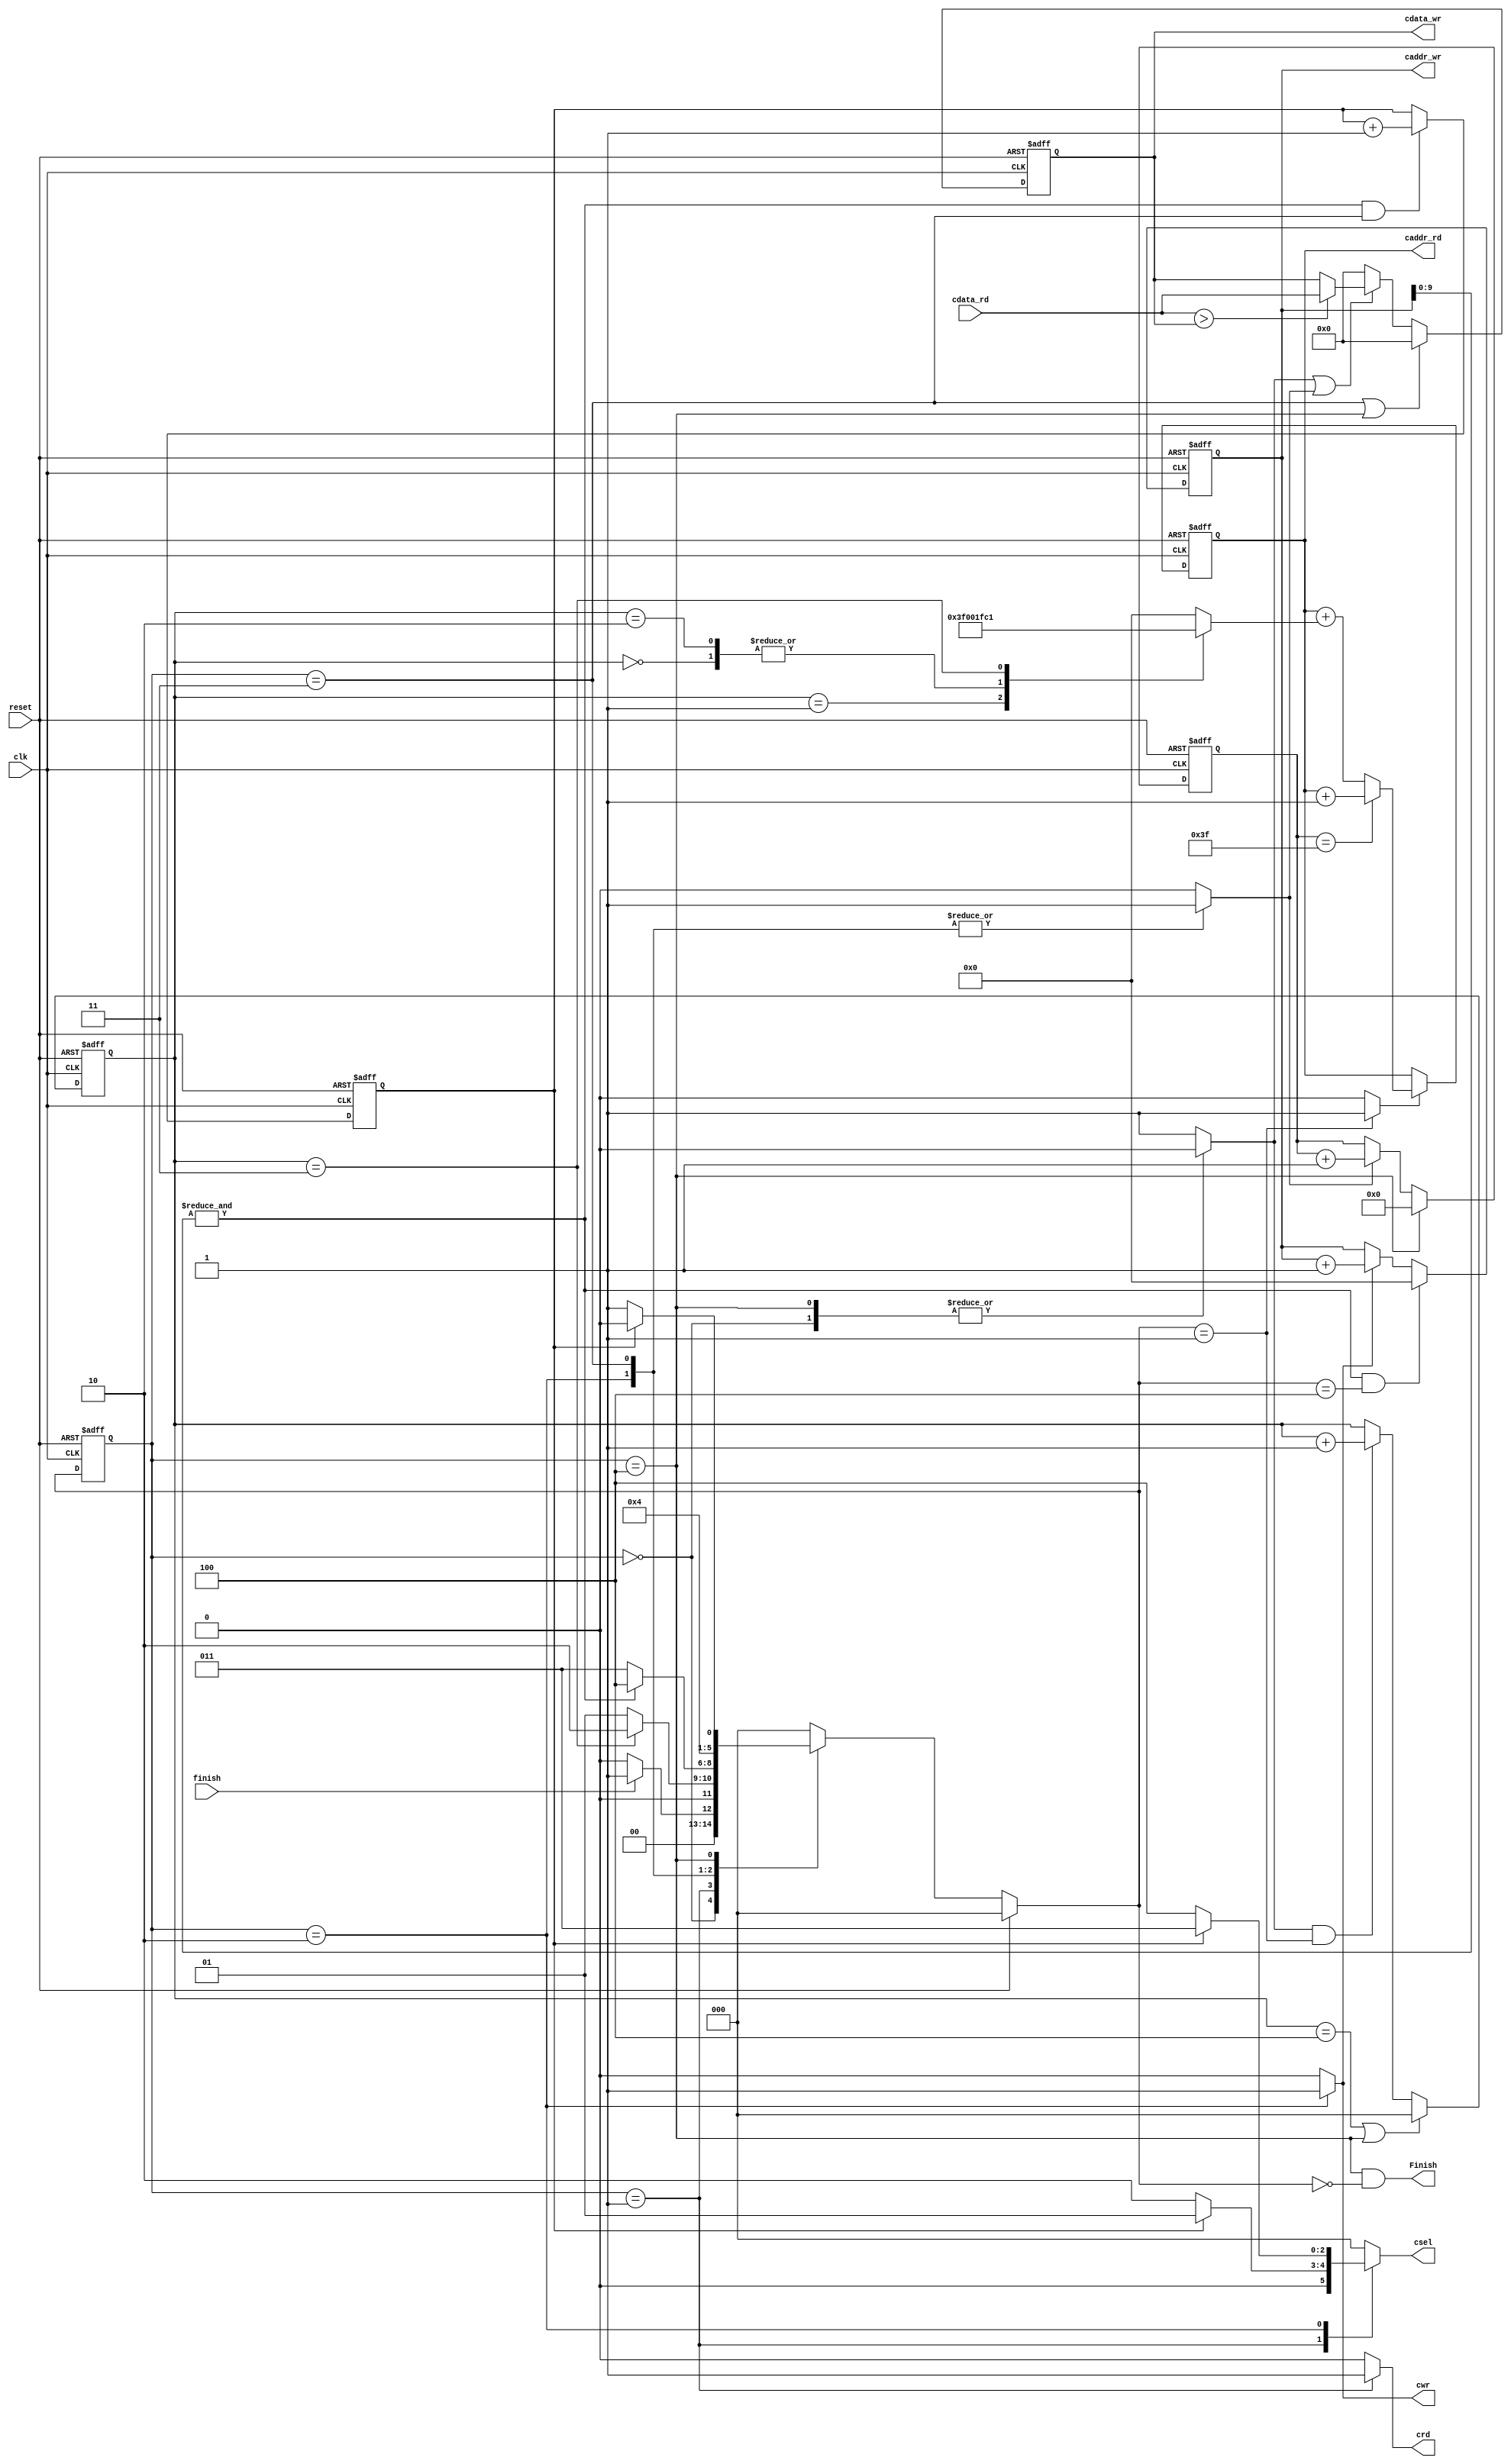
//`timescale 1ns/10ps

module Layer1(clk, reset, finish, crd, cwr, csel, caddr_rd, cdata_rd, caddr_wr, cdata_wr, Finish);

input clk, reset, finish;
input [19:0] cdata_rd;

output reg crd, cwr;
output reg [2:0]  csel;
output reg [11:0] caddr_rd, caddr_wr;
output reg [19:0] cdata_wr;
output Finish;

reg [11:0] addr;
reg [2:0] cs, ns;
reg [2:0] countS1;
reg [5:0] countS2;
reg count_ker, enS1, enS2;

wire switch, count_en;


parameter S0=3'b000, S1=3'b001, S2=3'b010, S3=3'b011, S4=3'b100;


//To calculate the current accumulating times of the addresses and the datas have been read and utilized.
//one block for four times a cycle

always @ (posedge clk or posedge reset)
	if (reset)
		countS1 <= 3'd0;
	else if(countS1==4 || cs ==4)
		countS1 <= 3'd0;
	else if(enS1&&ns==1)	
		countS1 <= countS1 + 3'd1;
	else
		countS1 <= countS1;

		
//To determine the number needed to add with the current read address to access the next address to be read.

always @ (*)
	case(countS1)
	3'b000: addr <= 1;
	3'b001: addr <= 63;
	3'b010: addr <= 1;
	3'b011: addr <= -63;
	default: addr <= 0;
	endcase

//To calculate the current accumulating times of the blocks.
//One block acomplished means one max-pooling cycle has finished.
//8 times a cycle  	

always @ (posedge clk or posedge reset)
	if (reset)
		countS2 <= 6'd0;
	else if (cs==4)
		countS2 <= 6'd0;
	else if(enS2)	
		countS2 <= countS2 + 6'd1;
	else
		countS2 <= countS2;
		
always @ (posedge clk or posedge reset)
	if(reset)
		caddr_rd <= -1;
	else if(count_en)
		caddr_rd <= (countS2==63) ? (caddr_rd + 1) : (caddr_rd + addr);
	else
		caddr_rd <= caddr_rd;

				
always @ (posedge clk or posedge reset) 
	if(reset) 
		cs <= S0 ;
	else 
		cs <= ns ;
	

always @ (*)
	case(cs)
		S0:begin
			csel <= 3'b000;
			crd <= 1'b0;
			cwr <= 1'b0;
			enS1 <= 1'b0;
			enS2 <= 1'b0;
			end
		S1:begin
			csel <= (~count_ker) ? 3'b010 : 3'b001;
			crd <= 1'b1;
			cwr <= 1'b0;
			enS1 <= 1'b1;
			enS2 <= 1'b0;
			end
		S2:begin
			csel <= (~count_ker) ? 3'b100 : 3'b011;
			crd <= 1'b0;
			cwr <= 1'b1;
			enS1 <= 1'b1;
			enS2 <= 1'b1;
			end
		S3:begin
			csel <= 3'b000;
			crd <= 1'b0;
			cwr <= 1'b0;
			enS1 <= 1'b1;
			enS2 <= 1'b1;
			end
		S4:begin
			csel <= 3'b000;
			crd <= 1'b0;
			cwr <= 1'b0;
			enS1 <= 1'b0;
			enS2 <= 1'b0;
			end
		default:begin
			csel <= 3'b000;
			enS1 <= 1'b1;
			enS2 <= 1'b0;
			crd <= 1'b0;
			cwr <= 1'b0;
			end
	endcase

always @ (posedge clk or posedge reset)
	if(reset)
		cdata_wr <= 20'd0;
	else if (cs ==3 || cs ==4)
		cdata_wr <= 20'd0;
	else if (enS1 || enS2)
		cdata_wr <= (cdata_rd > cdata_wr) ? cdata_rd : cdata_wr;
	else 
		cdata_wr <= 20'd0;


//next state generator

always @ (*) 
	if (reset) 
		ns <= S0 ;
	else begin
		case (cs) 
			S0: ns <= (finish) ? S1 : S0;
			S1: ns <= (countS1==3) ? S2 : S1;
			S2: ns <= (switch) ? S4 : S3;
			S3: ns <= S1;
			S4: ns <= (count_ker) ? S0 : S1;
			default: ns <= S0;
		endcase 
	end 

always @ (posedge clk or posedge reset)
	if(reset)
		caddr_wr <= 12'd0;
	else if(switch && ns==4)
		caddr_wr <= 12'd0;
	else if(cwr)
		caddr_wr <= caddr_wr + 1;
	else
		caddr_wr <= caddr_wr;
	
always @ (posedge clk or posedge reset)
	if(reset)
		count_ker <= 1;
	else if(switch && cs==3)
		count_ker <= count_ker + 1;
	else
		count_ker <= count_ker;
		
		
assign count_en = (ns==1) ? 1'b1 : 1'b0;
assign switch = &(caddr_wr[9:0]);
assign Finish = (cs==S4) && (ns==S0);

endmodule